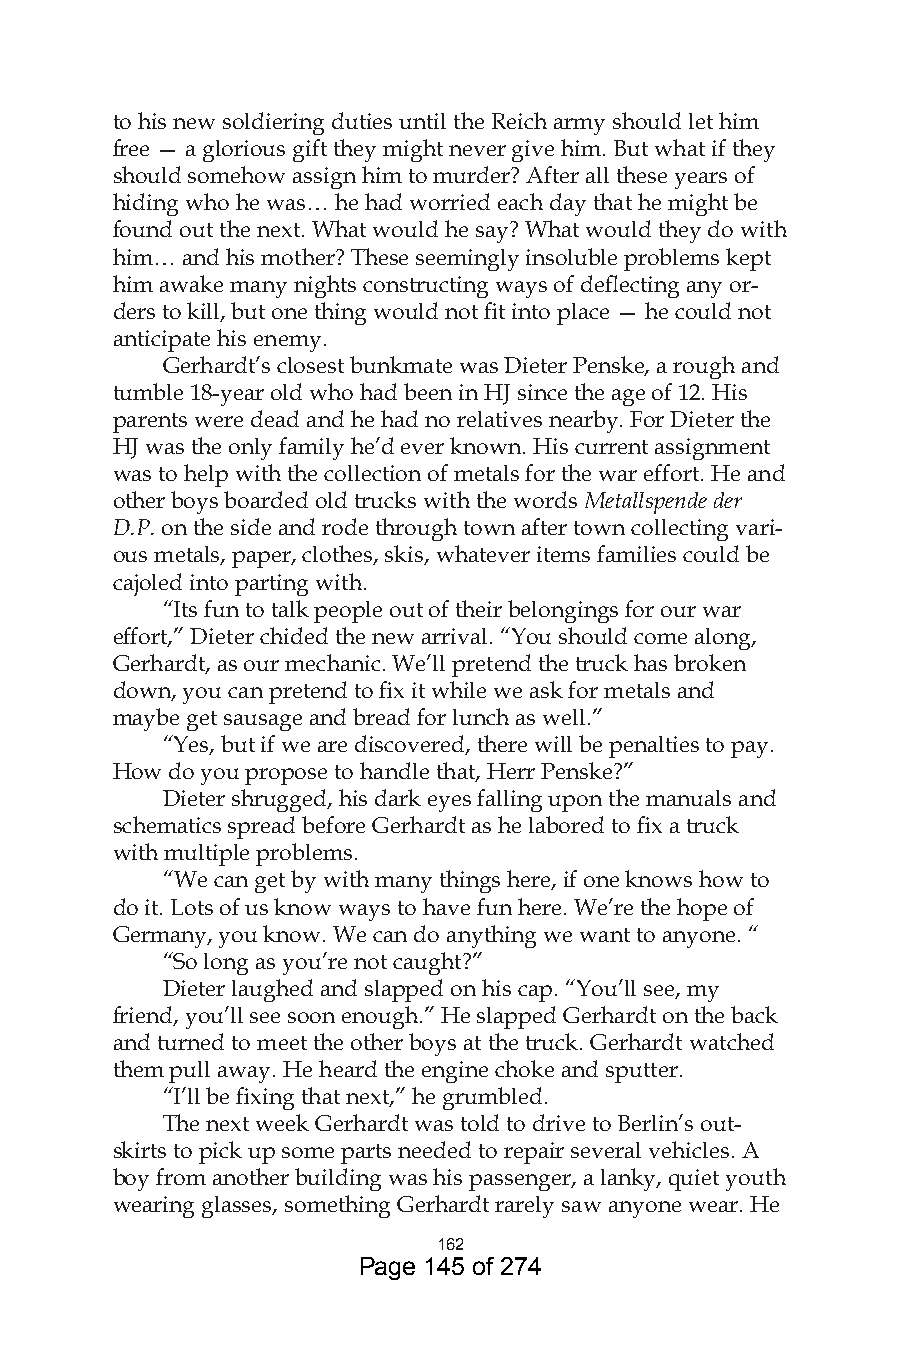
to his new soldiering duties until the Reich army should let him
 free — a glorious gift they might never give him. But what if they
 should somehow assign him to murder? After all these years of
 hiding who he was… he had worried each day that he might be
 found out the next. What would he say? What would they do with
 him… and his mother? These seemingly insoluble problems kept
 him awake many nights constructing ways of deflecting any or-
 ders to kill, but one thing would not fit into place — he could not
 anticipate his enemy.
 Gerhardt’s closest bunkmate was Dieter Penske, a rough and
 tumble 18-year old who had been in HJ since the age of 12. His
 parents were dead and he had no relatives nearby. For Dieter the
 HJ was the only family he’d ever known. His current assignment
 was to help with the collection of metals for the war effort. He and
 other boys boarded old trucks with the words Metallspende der
 D.P. on the side and rode through town after town collecting vari-
 ous metals, paper, clothes, skis, whatever items families could be
 cajoled into parting with.
 “Its fun to talk people out of their belongings for our war
 effort,” Dieter chided the new arrival. “You should come along,
 Gerhardt, as our mechanic. We’ll pretend the truck has broken
 down, you can pretend to fix it while we ask for metals and
 maybe get sausage and bread for lunch as well.”
 “Yes, but if we are discovered, there will be penalties to pay.
 How do you propose to handle that, Herr Penske?”
 Dieter shrugged, his dark eyes falling upon the manuals and
 schematics spread before Gerhardt as he labored to fix a truck
 with multiple problems.
 “We can get by with many things here, if one knows how to
 do it. Lots of us know ways to have fun here. We’re the hope of
 Germany, you know. We can do anything we want to anyone. “
 “So long as you’re not caught?”
 Dieter laughed and slapped on his cap. “You’ll see, my
 friend, you’ll see soon enough.” He slapped Gerhardt on the back
 and turned to meet the other boys at the truck. Gerhardt watched
 them pull away. He heard the engine choke and sputter.
 “I’ll be fixing that next,” he grumbled.
 The next week Gerhardt was told to drive to Berlin’s out-
 skirts to pick up some parts needed to repair several vehicles. A
 boy from another building was his passenger, a lanky, quiet youth
 wearing glasses, something Gerhardt rarely saw anyone wear. He
 6
 Page 145 of 274